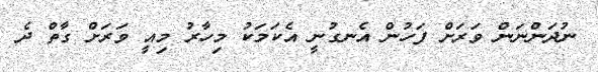
ނުދަންނަން ވަރަށް ފަހުން އެނގުނީ އެކަމަކު މިހާރު މިއީ ވަރަށް ގާތް ދެ